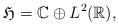
LaTeX: \begin{align*} \mathfrak{H} = \mathbb{C} \oplus L^2( \mathbb R ), \end{align*}